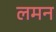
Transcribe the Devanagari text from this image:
लमन